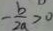
- \frac { b } { 2 a } > 0